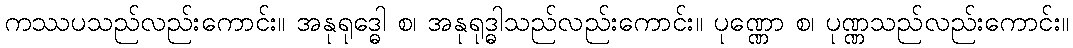
ကဿပသည်လည်းကောင်း။ အနုရုဒ္ဓေါ စ၊ အနုရုဒ္ဓါသည်လည်းကောင်း။ ပုဏ္ဏော စ၊ ပုဏ္ဏသည်လည်းကောင်း။